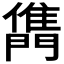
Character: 𨶊